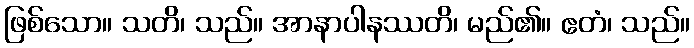
ဖြစ်သော။ သတိ၊ သည်။ အာနာပါနဿတိ၊ မည်၏။ ဧတံ၊ သည်။